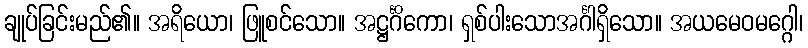
ချုပ်ခြင်းမည်၏။ အရိယော၊ ဖြူစင်သော။ အဋ္ဌင်္ဂိကော၊ ရှစ်ပါးသောအင်္ဂါရှိသော။ အယမေဝမဂ္ဂေါ၊